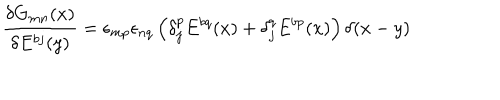
\frac { \delta G _ { m n } ( x ) } { \delta E ^ { b j } ( y ) } = \epsilon _ { m p } \epsilon _ { n q } \left( \delta _ { j } ^ { p } E ^ { b q } ( x ) + \delta _ { j } ^ { q } E ^ { b p } ( x ) \right) \delta ( x - y )